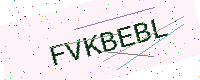
Text: FVKBEBL